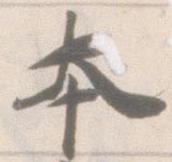
本